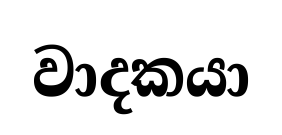
වාදකයා